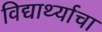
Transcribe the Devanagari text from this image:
विद्यार्थ्याचा